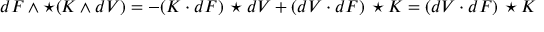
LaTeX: d F \wedge \star ( K \wedge d V ) = - ( K \cdot d F ) \, \star d V + ( d V \cdot d F ) \, \star K = ( d V \cdot d F ) \, \star K